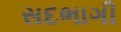
સદભાગી